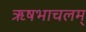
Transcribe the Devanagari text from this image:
ऋषभाचलम्